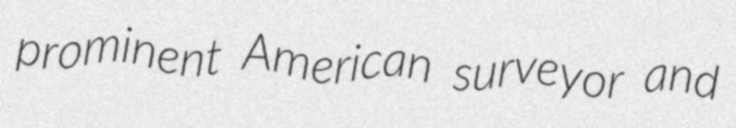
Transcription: prominent American surveyor and